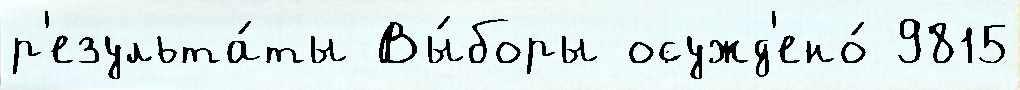
р'езульта́ты Вы́боры осужд'ено́ 9815